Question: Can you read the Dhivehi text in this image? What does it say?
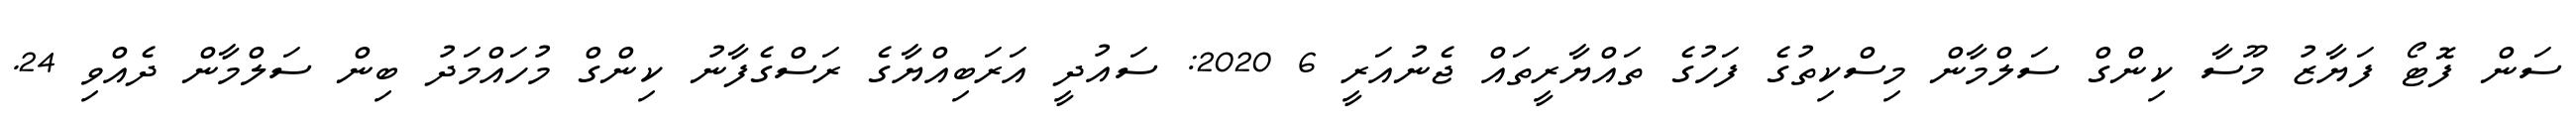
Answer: ސަން ފޮޓޯ ފަޔާޒު މޫސާ ކިންގް ސަލްމާން މިސްކިތުގެ ފަހުގެ ތައްޔާރީތައް ޖެނުއަރީ 6 2020: ސައުދީ އަރަބިއްޔާގެ ރަސްގެފާނު ކިންގް މުހައްމަދު ބިން ސަލްމާން ދެއްވި 24.